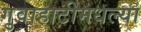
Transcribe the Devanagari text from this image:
गुवाहाटीमधल्या